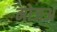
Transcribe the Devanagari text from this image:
मोजअ